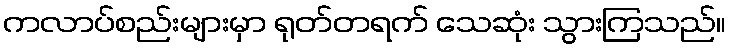
ကလာပ်စည်းများမှာ ရုတ်တရက် သေဆုံး သွားကြသည်။